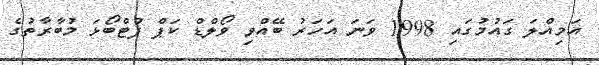
އަމިއްލަ ގައުމުގައި 1998 ވަނަ އަހަރު ބޭއްވި ވޯލްޑް ކަޕް ފުޓްބޯޅަ މުބާރާތުގެ